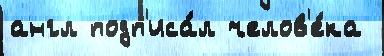
англ подп'иса́л челов'е́ка